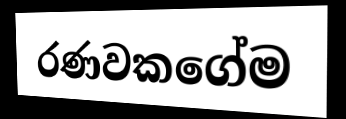
රණවකගේම